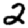
Digit: 2